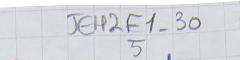
JEH2F1-305